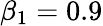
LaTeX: \beta_{1}=0.9